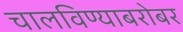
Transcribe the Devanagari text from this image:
चालविण्याबरोबर